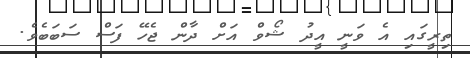
ތިރީގައި އެ ވަނީ އީދު ޝޯވް އަށް ދާން ޖެހޭ ފަސް ސަބަބެވެ.